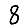
Digit: 8